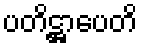
ပတိဋ္ဌာပေတိ